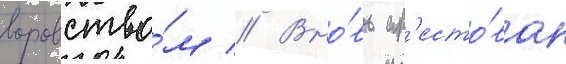
воровство́м // Вно́вь ар'есто́ван